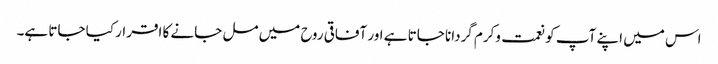
اس میں اپنے آپ کو نعمت وکرم گردانا جاتا ہے اور آفاقی روح میں مل جانے کا اقرار کیا جاتا ہے۔